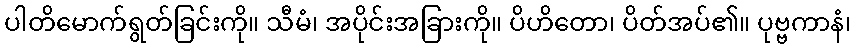
ပါတိမောက်ရွတ်ခြင်းကို။ သီမံ၊ အပိုင်းအခြားကို။ ပိဟိတော၊ ပိတ်အပ်၏။ ပုဗ္ဗကာနံ၊